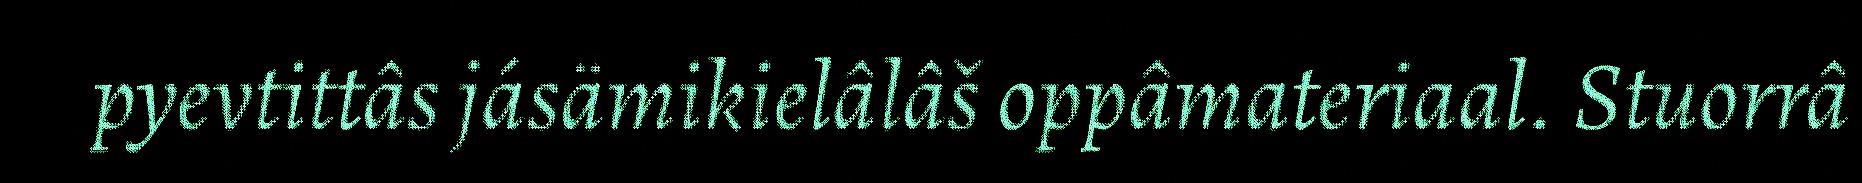
pyevtittâs jásämikielâlâš oppâmateriaal. Stuorrâ